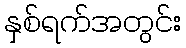
နှစ်ရက်အတွင်း